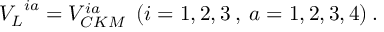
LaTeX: { V _ { L } } ^ { i a } = V _ { C K M } ^ { i a } \: \: ( i = 1 , 2 , 3 \: , \: a = 1 , 2 , 3 , 4 ) \: .